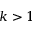
k > 1